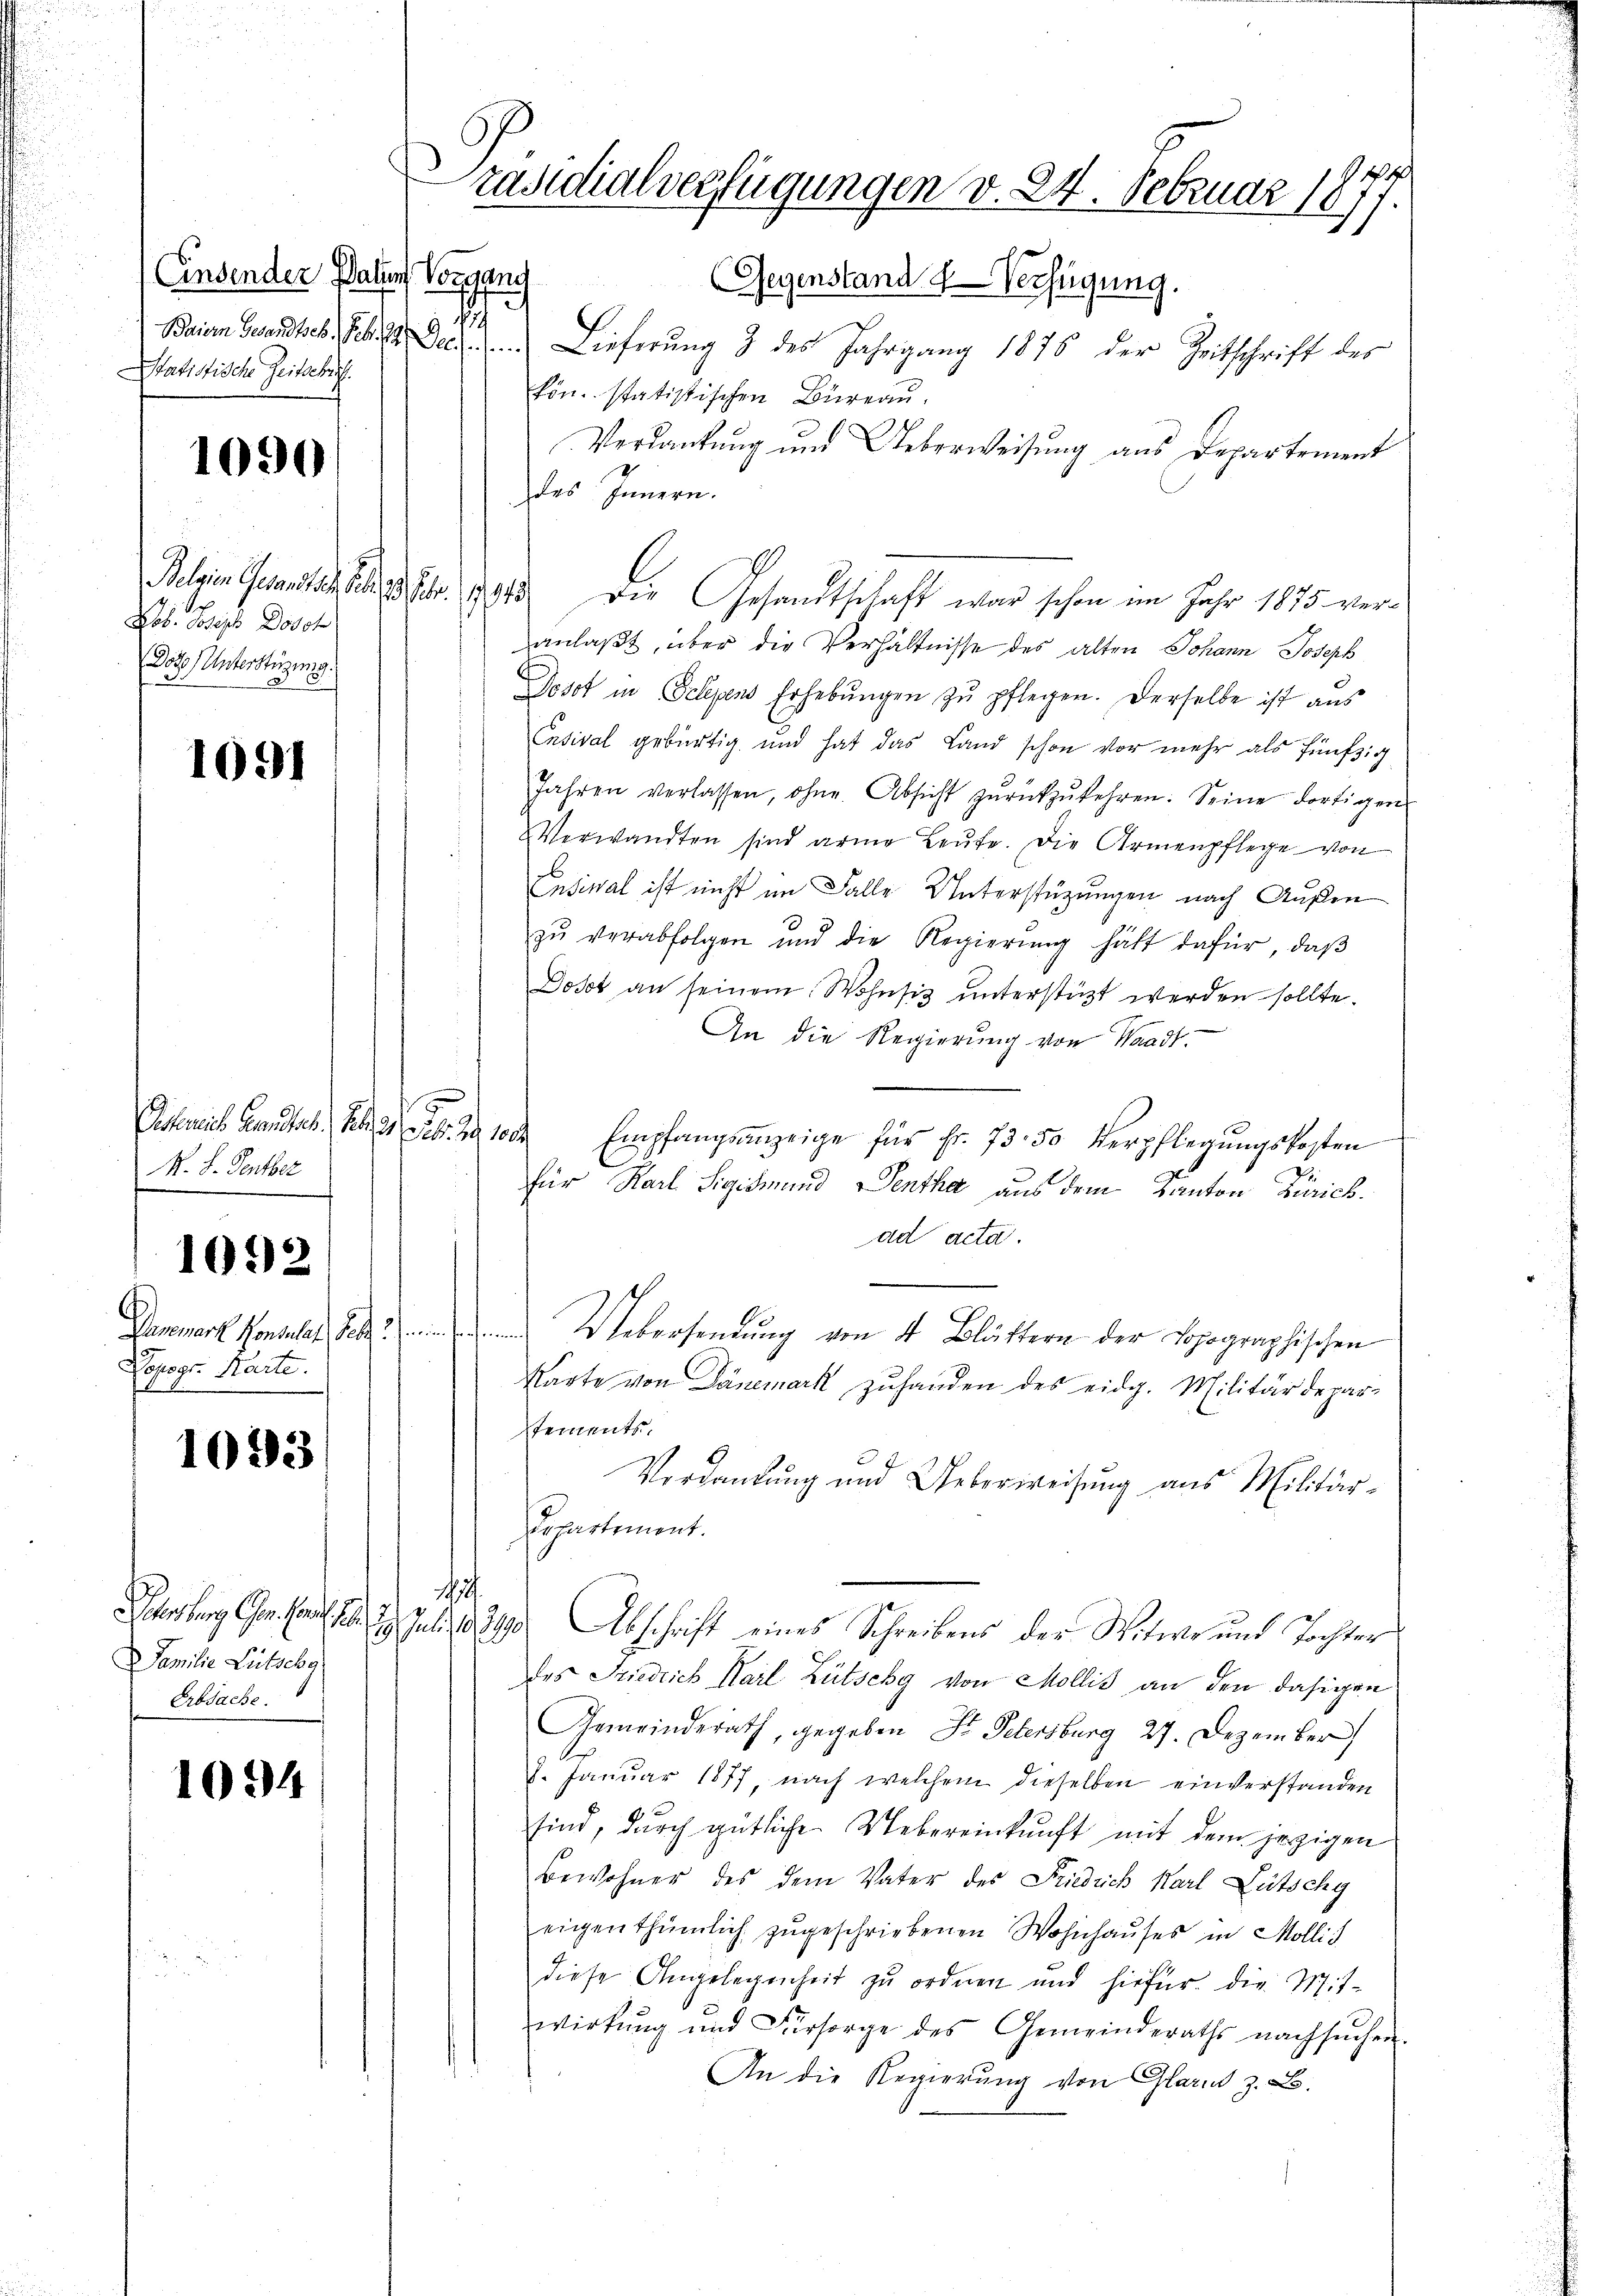
Einsender Paten Vorgang
1
Statistische Zeitschrif

1090

Lob. Joseph Dosch
Dots Unterstüzung.

1091

Esterieb Gewandtes. S. 21. 261. 2. 1004.
M. L. Sentber

Dopogr. Karte.
.

1092

1093

Familie Lütschg
Erbsache.

1094

Präsidialverfügungen v. 24. Februar 1877.

Gegenstand Verfügung.
Baren Gesandte. Ich 2 Dec. . . Lieferung 3 des Jahrgang 1876 der Zeitschrift des
kön. statistischen Büreau.
Verdankŭng und Ueberweisŭng ans Departement
es Innern.
Belein Gesandtschicht der die Gesandtschaft war schon im Jahr 1875. veranlaßt, über die Verhältnisse des alten Johann Joseph
Dosot in Telegens Erhebŭngen zu pflegen. Derselbe ist aus
Ensival gebürtig und hat das Land schon vor mehr als fünfzig
Jahren verlassen, ohne. Absicht zŭrückzŭkehren. Seine dortigen
Verwandten sind arme Leute. Die Armenpflege von
Ensival ist nicht im Falle Unterstüzungen nach Außen
zŭ verabfolgen und die Regierŭng hält dafür, daβ
Dosot an seinem Wohnsiz unterstüzt werden sollte.
An die Regierung von Waadt.
Empfangsanzeige für Fr. 73. 50 Verpflegungskosten
für Karl Sigismund entha aus dem Kanton Zürich.
ad acta.
Ganemark Konsulat der Webersendung von 4 Blättern der Lopographischen
Karte von Dänemark zŭhanden des eidg. Militärdepar-
stements.
Verdankung und Ueberweisung aus Militär¬
Departement.
1
Karten Gesuch u. 9. Juli 1890 Abschrift eines Schreibens der Witwe und Tochter
des Friedrich Karl Lütschy von Mollis an den dasigen
Gemeinderath, gegeben St. Petersburg 27. Dezember
7. Januar 1877, nach welchem dieselben einverstanden
sind, durch gütliche Uebereinkunft mit dem jezigen
Bewohner des dem Vater des Friedrich Karl Lütschy
eigenthümlich zugeschriebenen Wohnhauses in Mollis
diese Angelegenheit zu ordnen und hiefür. Die Mitwirkŭng ŭnd Fürsorge des Gemeinderaths nachsŭchen.
An die Regierung von Glarn z. B.